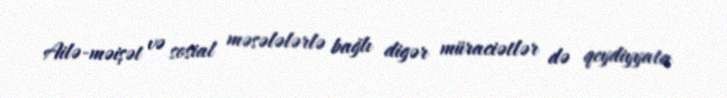
Ailə-məişət və sosial məsələlərlə bağlı digər müraciətlər də qeydiyyata